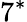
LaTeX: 7^{*}